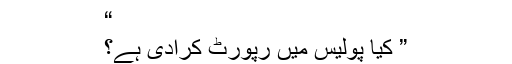
“
” کیا پولیس میں رپورٹ کرادی ہے؟